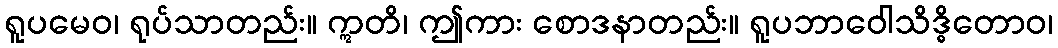
ရူပမေဝ၊ ရုပ်သာတည်း။ ဣတိ၊ ဤကား စောဒနာတည်း။ ရူပဘာဝေါသိဒ္ဓိတောဝ၊